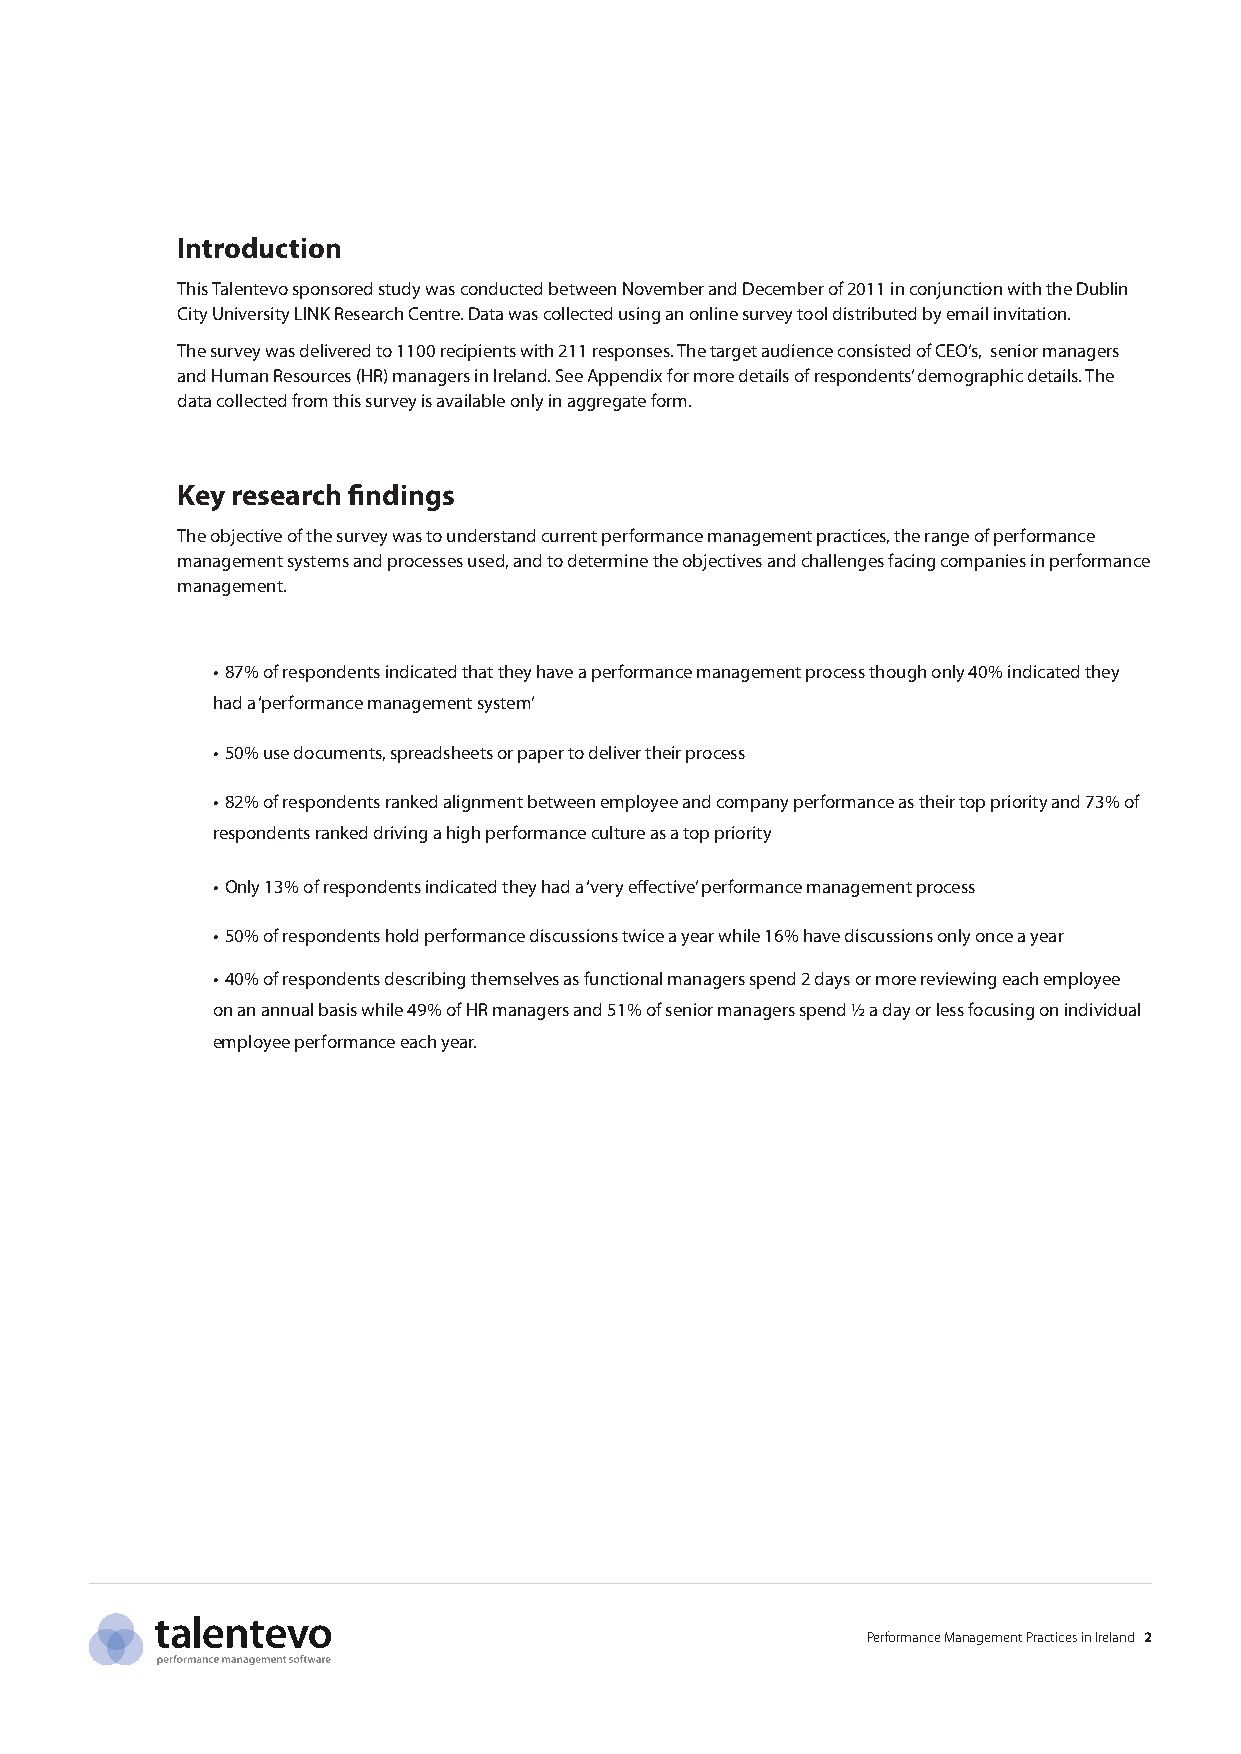
Introduction
 This Talentevo sponsored study was conducted between November and December of 2011 in conjunction with the Dublin
 City University LINK Research Centre. Data was collected using an online survey tool distributed by email invitation.
 The survey was delivered to 1100 recipients with 211 responses. The target audience consisted of CEO’s, senior managers
 and Human Resources (HR) managers in Ireland. See Appendix for more details of respondents’ demographic details. The
 data collected from this survey is available only in aggregate form.
 Key research findings
 The objective of the survey was to understand current performance management practices, the range of performance
 management systems and processes used, and to determine the objectives and challenges facing companies in performance
 management.
 • 87% of respondents indicated that they have a performance management process though only 40% indicated they
 had a ‘performance management system’
 • 50% use documents, spreadsheets or paper to deliver their process
 • 82% of respondents ranked alignment between employee and company performance as their top priority and 73% of
 respondents ranked driving a high performance culture as a top priority
 • Only 13% of respondents indicated they had a ‘very effective’ performance management process
 • 50% of respondents hold performance discussions twice a year while 16% have discussions only once a year
 • 40% of respondents describing themselves as functional managers spend 2 days or more reviewing each employee
 on an annual basis while 49% of HR managers and 51% of senior managers spend ½ a day or less focusing on individual
 employee performance each year.
 Performance Management Practices in Ireland 2